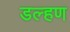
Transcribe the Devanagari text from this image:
डल्हण